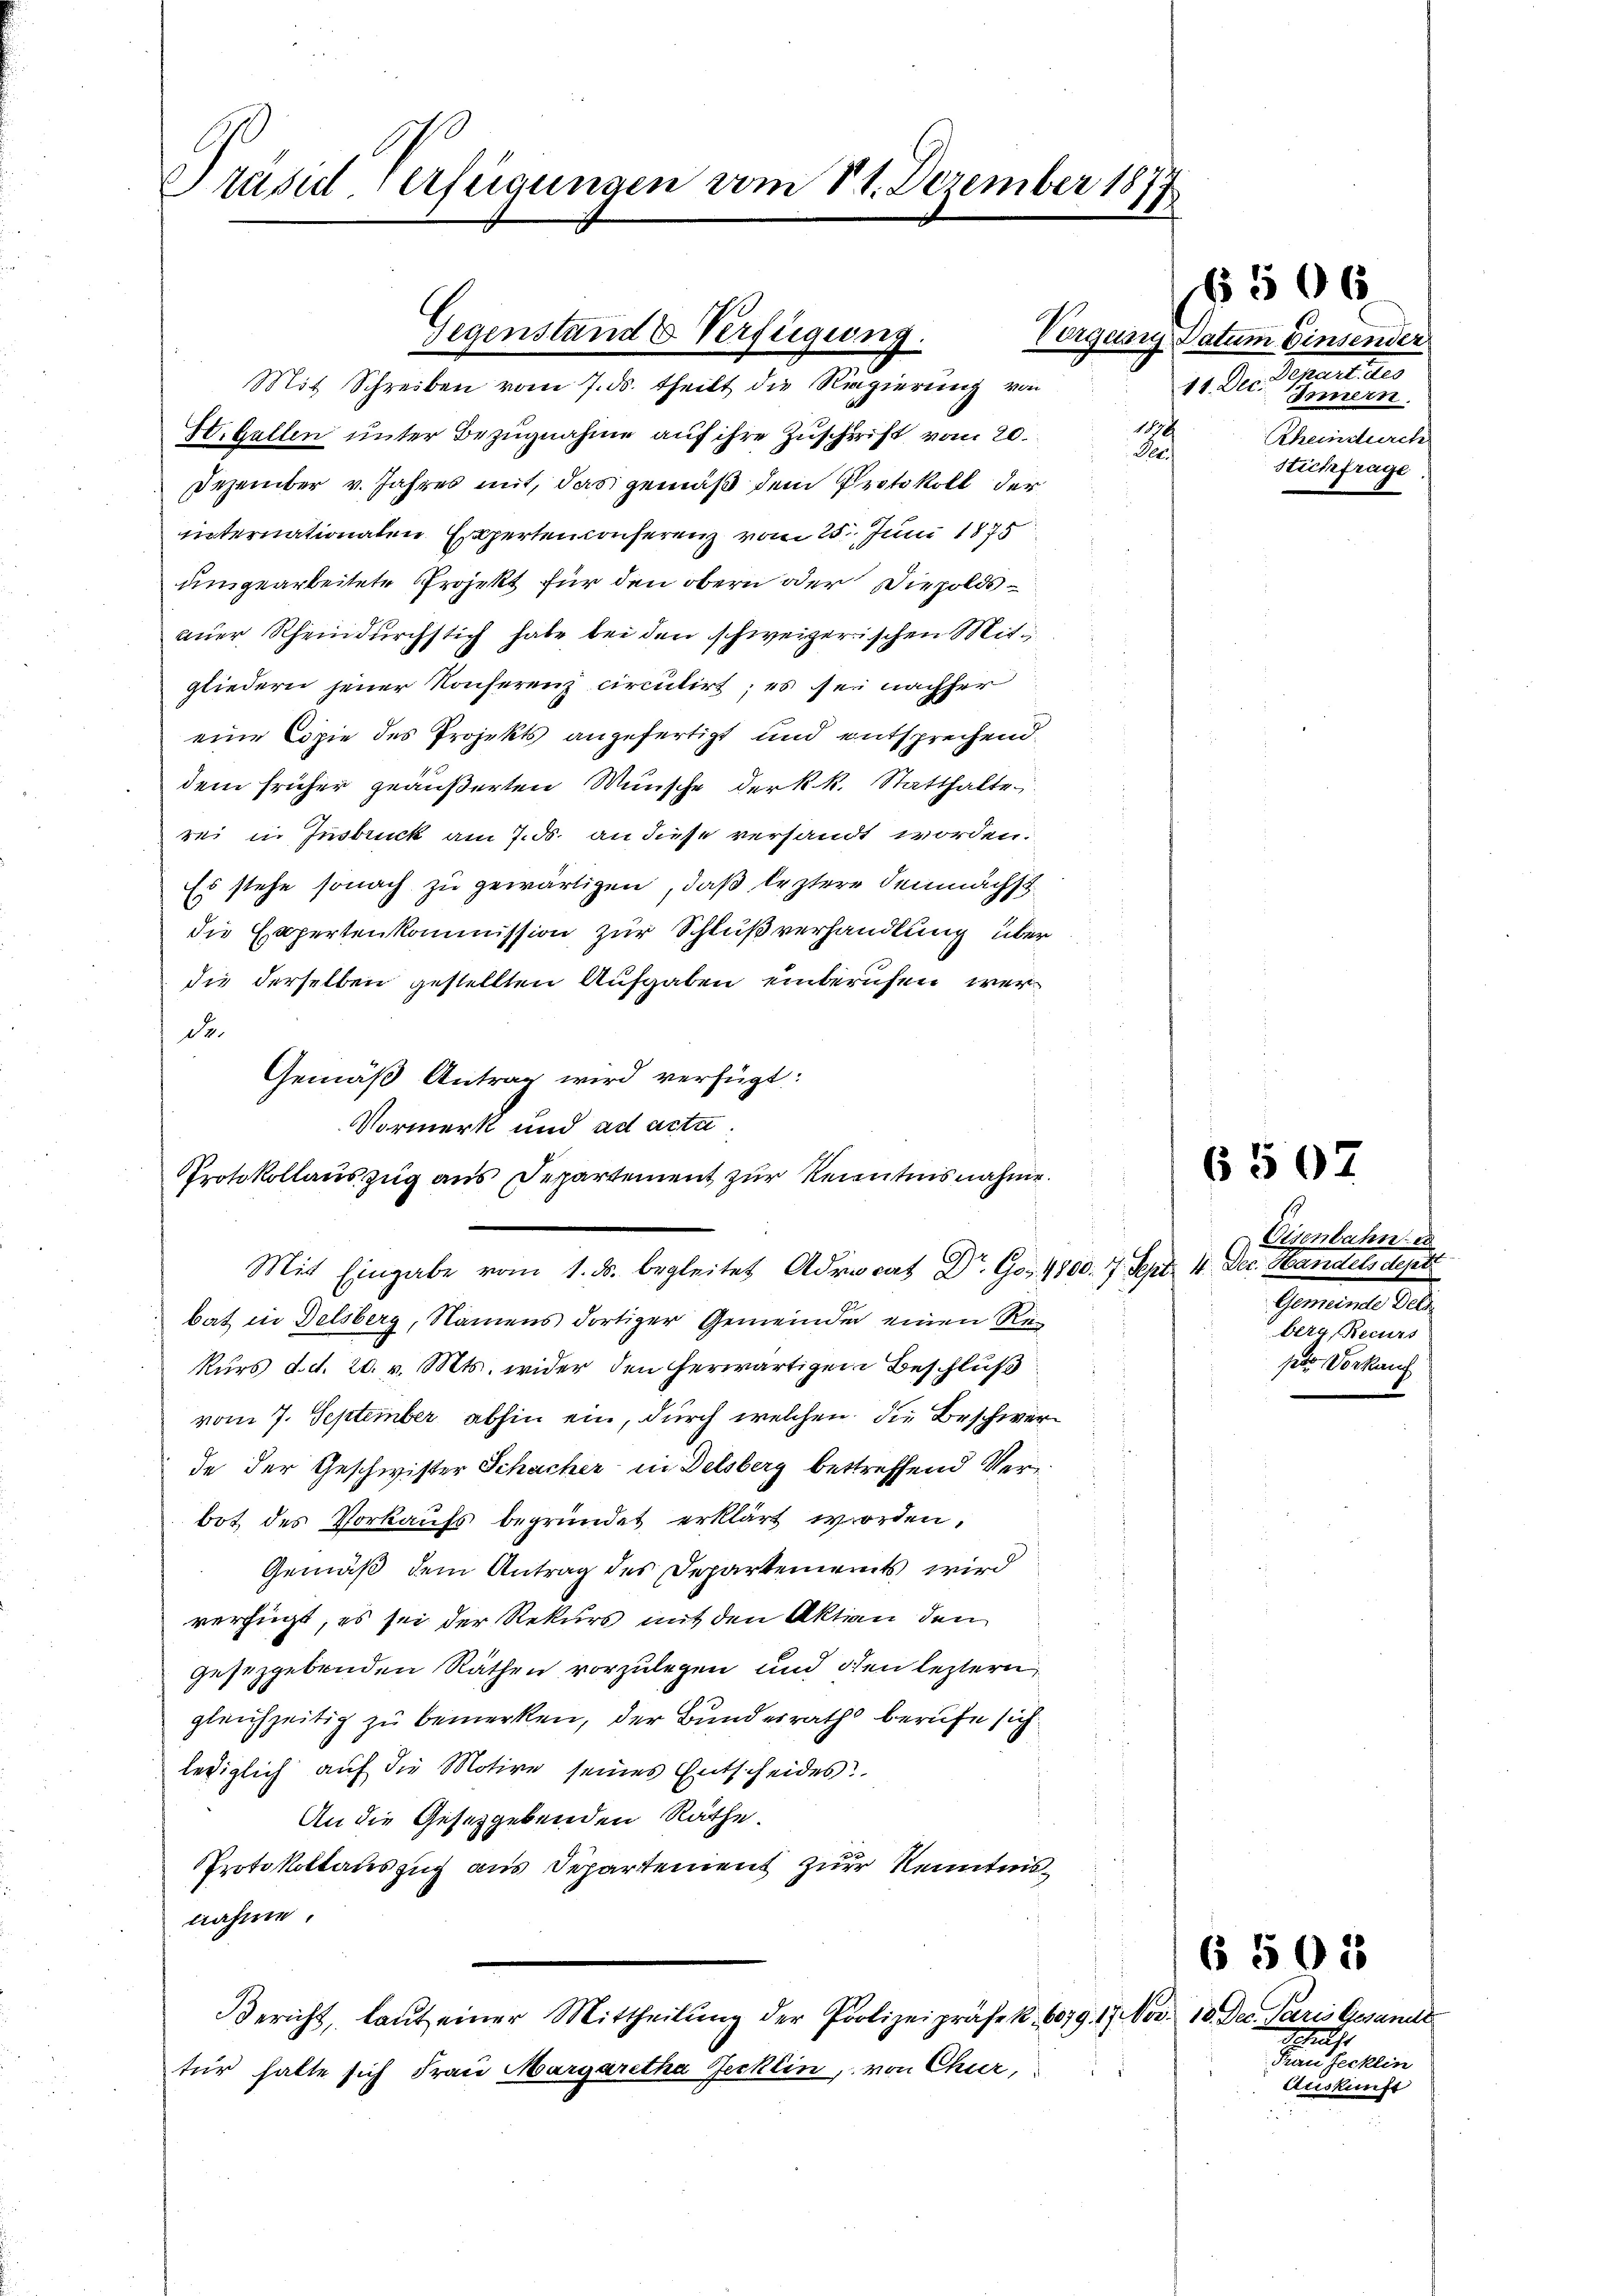
Präsid. Verfügungen vom 11. Dezember 1877

Mit Schreiben vom 7. ds. theilt die Regierung von
IV. Gallen unter Bezugnahme auf ihre Zuschrift vom 20.
Dezember v. Jahres mit, das gemäß dem Protokoll der
unternationalen Experten conferenz vom 25. Juni 1875
umgearbeitete Projekt für den obern oder Diepoldsauer Rheindurchstich habe bei den schweizerischen Mitgliedern jener Konferenz circulirt; es sei nachher
eine Copie des Projekts angefertigt und entsprechend.
dem früher geäußerten Wünsche der k.k. Statthalte
rei in Insbruck am 7. ds. an diese versandt worden.
Es stehe sonach zu gewärtigen, daß leztere demnächst
die Expertenkommission zur Schlußverhandlung über
die derselben gestellten Aufgaben einberufen werde.
Gemäß Antrag wird verfügt:
Vormerk und ad acta.
Protokollauszug aus Departement zur Kenntnisnahme.

Mit Eingabe vom 1. ds. begleitet Advocat Dr. Go. 4800. 7. Sept. 4. Dec. Handels deptt

Gegenstand & Verfügung.

bat in Delsberg, Namens dortiger Gemeinder einen Re¬
Kurs d. d. 20. v. Mts. wider den herwärtigen Beschluß
vom 7. September abhin ein, durch welchen die Beschwerde der Geschwister Schacher in Delsberg bestreffend Verbot des Vorkaufs begründet erklärt worden,
Gemäß dem Antrag des Departements wird
verfügt, es sei der Rekurs mit den Aktion den
gesezgebenden Räthen vorzulegen und den leztern
gleichzeitig zu bemerken, der Bundesrath berufe sich
lediglich auf die Motive seines Entscheides
An die Gesetzgebenden Räthe.
Protokollauszug aus Departement zur Kenntnisnahme.
Bericht, laut einer Mittheilŭng der Polizeipräsek. 6079. 17. Nov. 10. Dec. Paris Gesandt
tur hatte sich Frau Margaretha Jecklin, von Chur,

506

Vorgang Datum Einsender
Separtetes
11. Dec.
Innern.
180
Rheindurch
Pr
Stickfrage

Eisenbahn er
Gemeint. 210.
berg, Recurs
pt Vorkauf

6 507

Schrift
Frau Jecklin
Auskunft

6 501